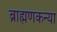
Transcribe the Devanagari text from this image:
ब्राह्मणकन्या